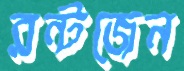
রন্টজেন